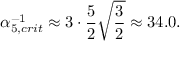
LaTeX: \alpha _ { 5 , c r i t } ^ { - 1 } \approx 3 \cdot \frac { 5 } { 2 } \sqrt { \frac { 3 } { 2 } } \approx 3 4 . 0 .